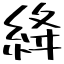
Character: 絳